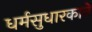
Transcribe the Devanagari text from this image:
धर्मसुधारकाने